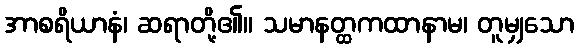
အာစရိယာနံ၊ ဆရာတို့၏။ သမာနတ္ထကထာနာမ၊ တူမျှသော